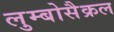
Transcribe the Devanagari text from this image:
लुम्बोसैक्रल